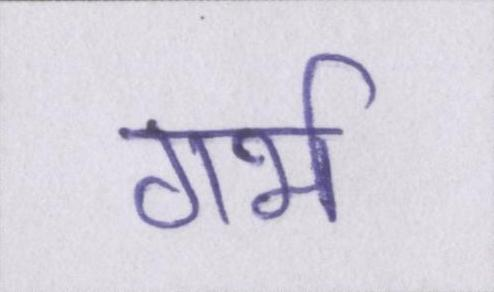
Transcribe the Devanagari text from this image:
गर्भ